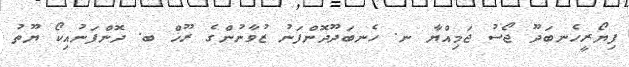
ފިޔޯރީހެނބަދޫ ޖޯސު ޖަމިއްޔާ ނ. ހެނބަދޫދޮންފަނު ޒުވާނުންގެ ރޫޚް ބ. ދޮންފަނުއިކޯ ޔޫތު